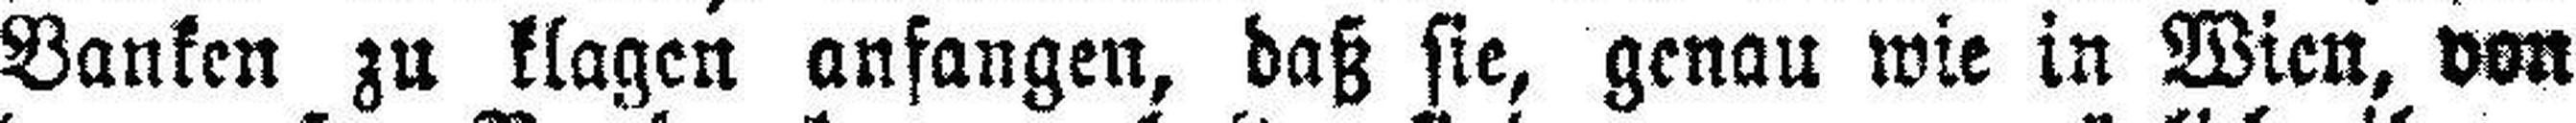
Banken zu klagen anfangen, daß sie, genau wie in Wien, von